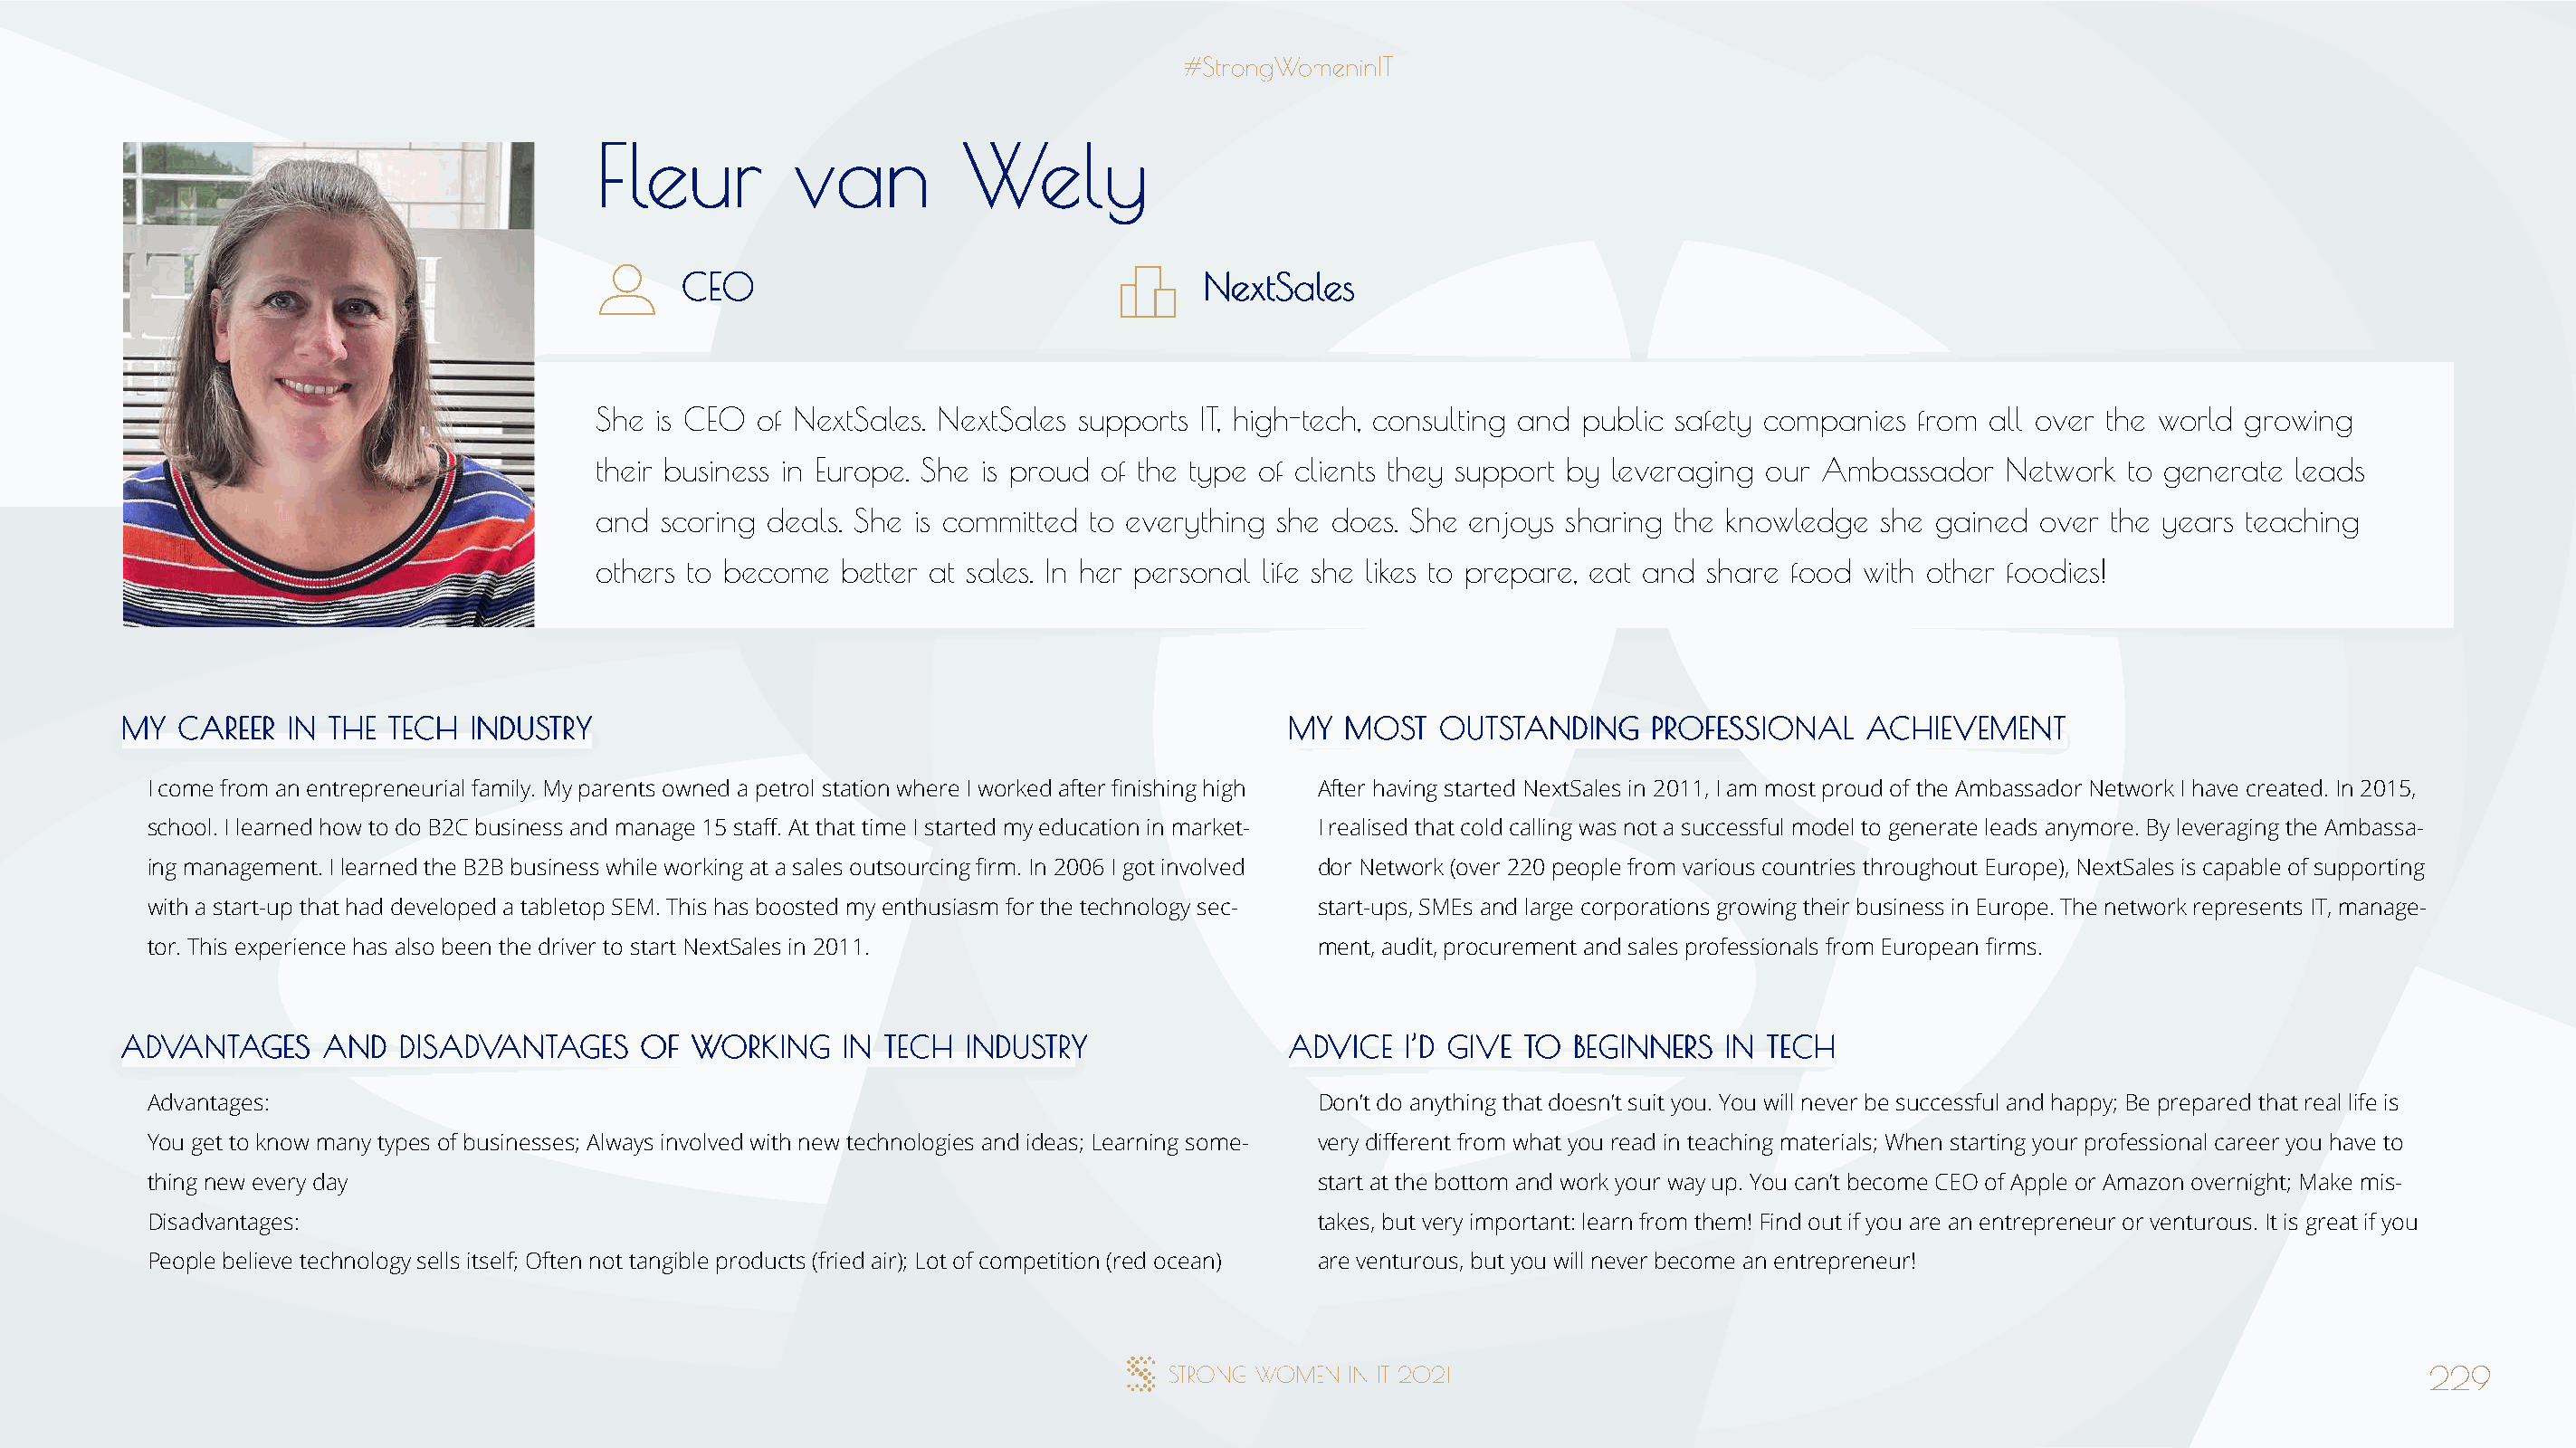
FFlleeuurr    vvaann      WWeellyy
 CCEEOO                                NNeexxttSSaalleess
 She is CEO of NextSales. NextSales supports IT, high-tech, consulting and public safety companies from all over the world growing
 their business in Europe. She is proud of the type of clients they support by leveraging our Ambassador Network to generate leads
 and scoring deals. She is committed to everything she does. She enjoys sharing the knowledge  she gained over the years teaching
 others to become  better at sales. In her personal life she likes to prepare, eat and share food with other foodies!
 MMYY CCAARREEEERR IINN TTHHEE TTEECCHH IINNDDUUSSTTRRYY                              MMYY MMOOSSTT OOUUTTSSTTAANNDDIINNGG PPRROOFFEESSSSIIOONNAALL AACCHHIIEEVVEEMMEENNTT
 I come from an entrepreneurial family. My parents owned a petrol station where I worked after finishing high After having started NextSales in 2011, I am most proud of the Ambassador Network I have created. In 2015,
 school. I learned how to do B2C business and manage 15 staff. At that time I started my education in market- I realised that cold calling was not a successful model to generate leads anymore. By leveraging the Ambassa-
 ing management. I learned the B2B business while working at a sales outsourcing firm. In 2006 I got involved dor Network (over 220 people from various countries throughout Europe), NextSales is capable of supporting
 with a start-up that had developed a tabletop SEM. This has boosted my enthusiasm for the technology sec- start-ups, SMEs and large corporations growing their business in Europe. The network represents IT, manage-
 tor. This experience has also been the driver to start NextSales in 2011.            ment, audit, procurement and sales professionals from European firms.
 AADDVVAANNTTAAGGEESS AANNDD DDIISSAADDVVAANNTTAAGGEESS OOFF WWOORRKKIINNGG IINN TTEECCHH IINNDDUUSSTTRRYY AADDVVIICCEE II’’DD GGIIVVEE TTOO BBEEGGIINNNNEERRSS IINN TTEECCHH
 Advantages:                                                                          Don’t do anything that doesn’t suit you. You will never be successful and happy; Be prepared that real life is
 You get to know many types of businesses; Always involved with new technologies and ideas; Learning some- very different from what you read in teaching materials; When starting your professional career you have to
 thing new every day                                                                  start at the bottom and work your way up. You can’t become CEO of Apple or Amazon overnight; Make mis-
 Disadvantages:                                                                       takes, but very important: learn from them! Find out if you are an entrepreneur or venturous. It is great if you
 People believe technology sells itself; Often not tangible products (fried air); Lot of competition (red ocean) are venturous, but you will never become an entrepreneur!
 229